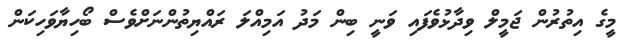
މީގެ އިތުރުން ޖަމީލް ވިދާޅުވެފައި ވަނީ ބިން މަދު އަމިއްލަ ރައްޔިތުންނަށްވެސް ބޯހިޔާވަހިކަން